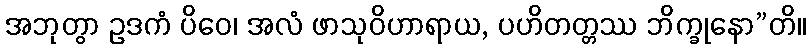
အဘုတွာ ဥဒကံ ပိဝေ၊ အလံ ဖာသုဝိဟာရာယ, ပဟိတတ္တဿ ဘိက္ခုနော”တိ။